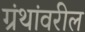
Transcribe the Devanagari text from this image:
ग्रंथांवरील